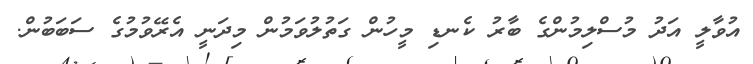
އުވާލީ އަދު މުސްލިމުންގެ ބާރު ކެނޑި މީހުން ގަތުލުވަމުން މިދަނީ އެރޭވުމުގެ ސަބަބުން.